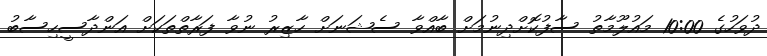
ދުވަހުގެ 10:00 މައުލޫމާތު ސާފުކޮށްދިނުމަށް ބާއްވާ ސެޝަނަށް ހާޒިރު ނުވާ ފަރާތްތަކަށް އަންދާސީހިސާބު